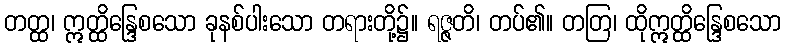
တတ္ထ၊ ဣတ္ထိန္ဒြေစသော ခုနစ်ပါးသော တရားတို့၌။ ရဇ္ဇတိ၊ တပ်၏။ တတြ၊ ထိုဣတ္ထိန္ဒြေစသော